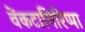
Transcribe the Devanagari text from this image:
वेंकटागिरिप्पा